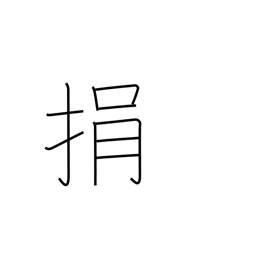
Meaning: throw away